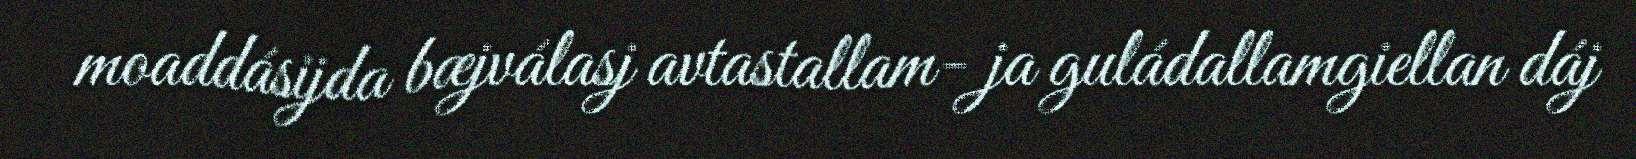
moaddásijda bæjválasj avtastallam- ja guládallamgiellan dáj